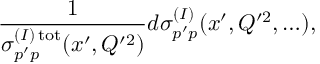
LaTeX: \frac { 1 } { \sigma _ { p ^ { \prime } p } ^ { ( I ) \, \mathrm { t o t } } ( x ^ { \prime } , Q ^ { \prime 2 } ) } d \sigma _ { p ^ { \prime } p } ^ { ( I ) } ( x ^ { \prime } , Q ^ { \prime 2 } , \ldots ) ,